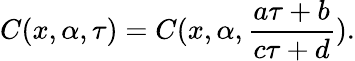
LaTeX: C(x,\alpha,\tau)=C(x,\alpha,\frac{a\tau+b}{c\tau+d}).